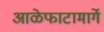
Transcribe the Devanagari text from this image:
आळेफाटामार्गे